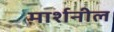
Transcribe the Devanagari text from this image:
मार्शनील